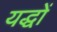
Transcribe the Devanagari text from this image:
यद्धों